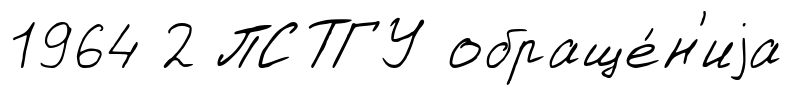
1964 2 ПСТГУ обраще́н'иjа